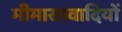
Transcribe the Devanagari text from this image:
मीमासावादियों